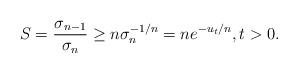
LaTeX: \begin{align*} S = \frac{\sigma_{n-1}}{\sigma_n} \ge n \sigma_n^{-1/n} = n e^{-u_t / n}, t > 0.\end{align*}